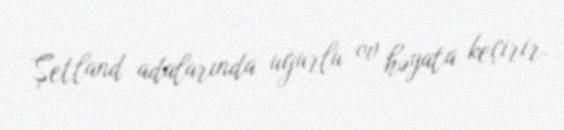
Şetland adalarında uğurlu ov həyata keçirir.